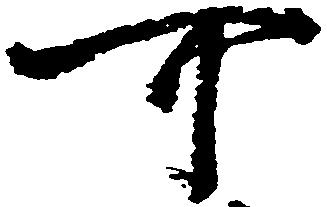
可